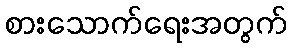
စားသောက်ရေးအတွက်